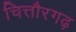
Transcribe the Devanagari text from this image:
चित्तौरगढ़